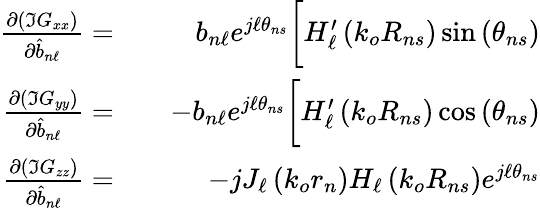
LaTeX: \begin{array}{rlr}{\frac{\partial\left(\Im G_{xx}\right)}{\partial\hat{b}_{n\ell}}=}&{{}}&{b_{n\ell}e^{j\ell\theta_{ns}}\bigg[H_{\ell}^{\prime}\left(k_{o}R_{ns}\right)\sin\left(\theta_{ns}\right)}\\ {\frac{\partial\left(\Im G_{yy}\right)}{\partial\hat{b}_{n\ell}}=}&{{}}&{-b_{n\ell}e^{j\ell\theta_{ns}}\bigg[H_{\ell}^{\prime}\left(k_{o}R_{ns}\right)\cos\left(\theta_{ns}\right)}\\ {\frac{\partial\left(\Im G_{zz}\right)}{\partial\hat{b}_{n\ell}}=}&{{}}&{-jJ_{\ell}\left(k_{o}r_{n}\right)H_{\ell}\left(k_{o}R_{ns}\right)e^{j\ell\theta_{ns}}}\end{array}